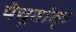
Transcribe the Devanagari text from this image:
पेचूवांक्